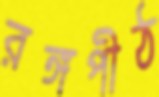
রঙ্গপীঠ